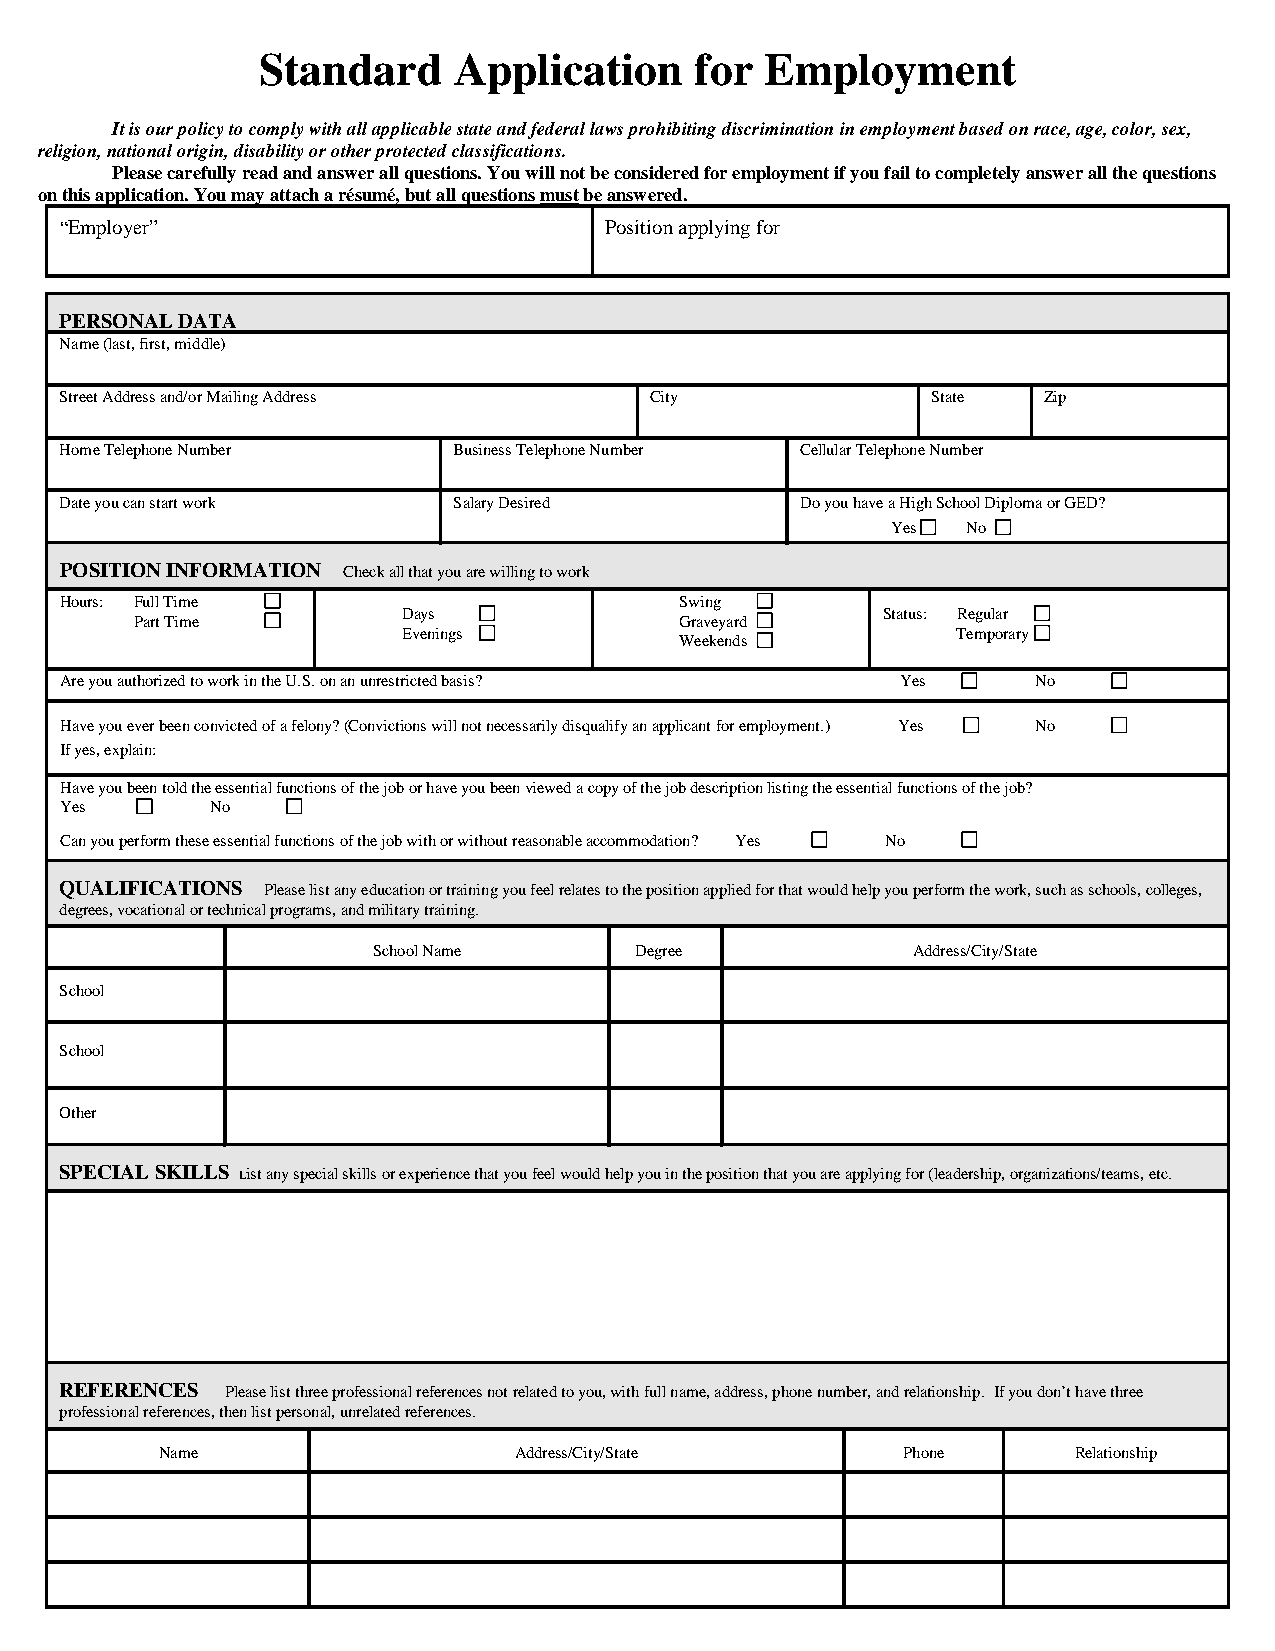
Standard     Application     for  Employment
 It is our policy to comply with all applicable state and federal laws prohibiting discrimination in employment based on race, age, color, sex,
 religion, national origin, disability or other protected classifications.
 Please carefully read and answer all questions. You will not be considered for employment if you fail to completely answer all the questions
 on this application. You may attach a résumé, but all questions must be answered.
 “Employer”                          Position applying for
 PERSONAL DATA
 Name (last, first, middle)
 Street Address and/or Mailing Address  City               State  Zip
 Home Telephone Number     Business Telephone Number Cellular Telephone Number
 Date you can start work   Salary Desired         Do you have a High School Diploma or GED?
 Yes  No
 POSITION INFORMATION Check all that you are willing to work
 Hours: Full Time                         Swing
 Days                           Status: Regular
 Part Time                           Graveyard
 Evenings                            Temporary
 Weekends
 Are you authorized to work in the U.S. on an unrestricted basis? Yes No
 Have you ever been convicted of a felony? (Convictions will not necessarily disqualify an applicant for employment.) Yes No
 If yes, explain:
 Have you been told the essential functions of the job or have you been viewed a copy of the job description listing the essential functions of the job?
 Yes       No
 Can you perform these essential functions of the job with or without reasonable accommodation? Yes No
 QUALIFICATIONS Please list any education or training you feel relates to the position applied for that would help you perform the work, such as schools, colleges,
 degrees, vocational or technical programs, and military training.
 School Name      Degree            Address/City/State
 School
 School
 Other
 SPECIAL SKILLS List any special skills or experience that you feel would help you in the position that you are applying for (leadership, organizations/teams, etc.
 REFERENCES Please list three professional references not related to you, with full name, address, phone number, and relationship. If you don’t have three
 professional references, then list personal, unrelated references.
 Name                    Address/City/State        Phone      Relationship